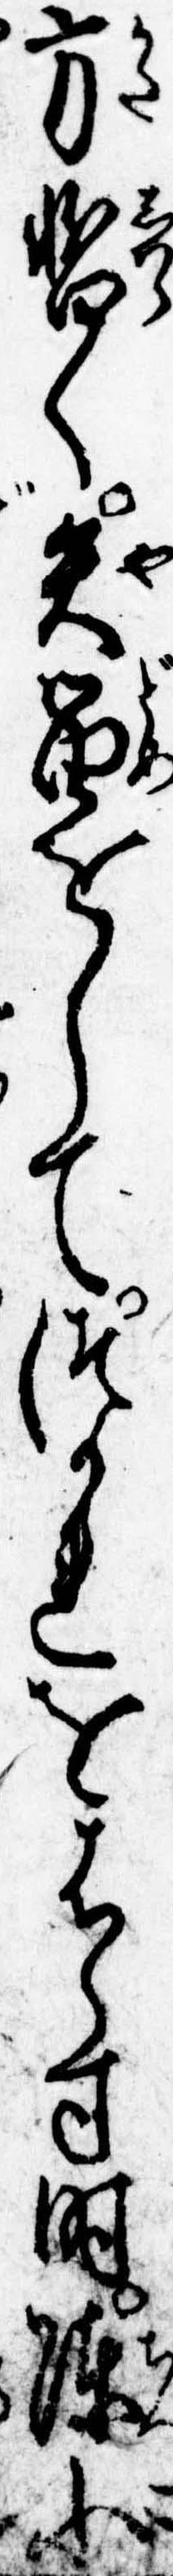
方暫く矢留をしてつかれをはらす時陳小